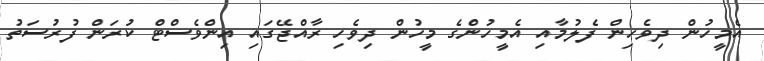
އެމީހުން ދިވެހިން ފެލުމާއި އެމީހުންގެ މީހުން ދިވެހި ރާއްޖޭގައި އިންވެސްޓް ކުރަން ފުރުސަތު